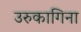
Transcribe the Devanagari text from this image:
उरुकागिना